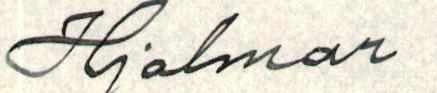
Hjalmar